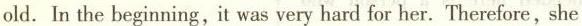
old. In the beginning, it was very hard for her. Therefore, she